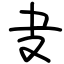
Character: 叏